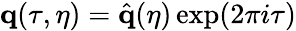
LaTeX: \mathbf{q}(\tau,\eta)=\hat{\mathbf{{q}}}({\eta})\exp(2\pi i\tau)